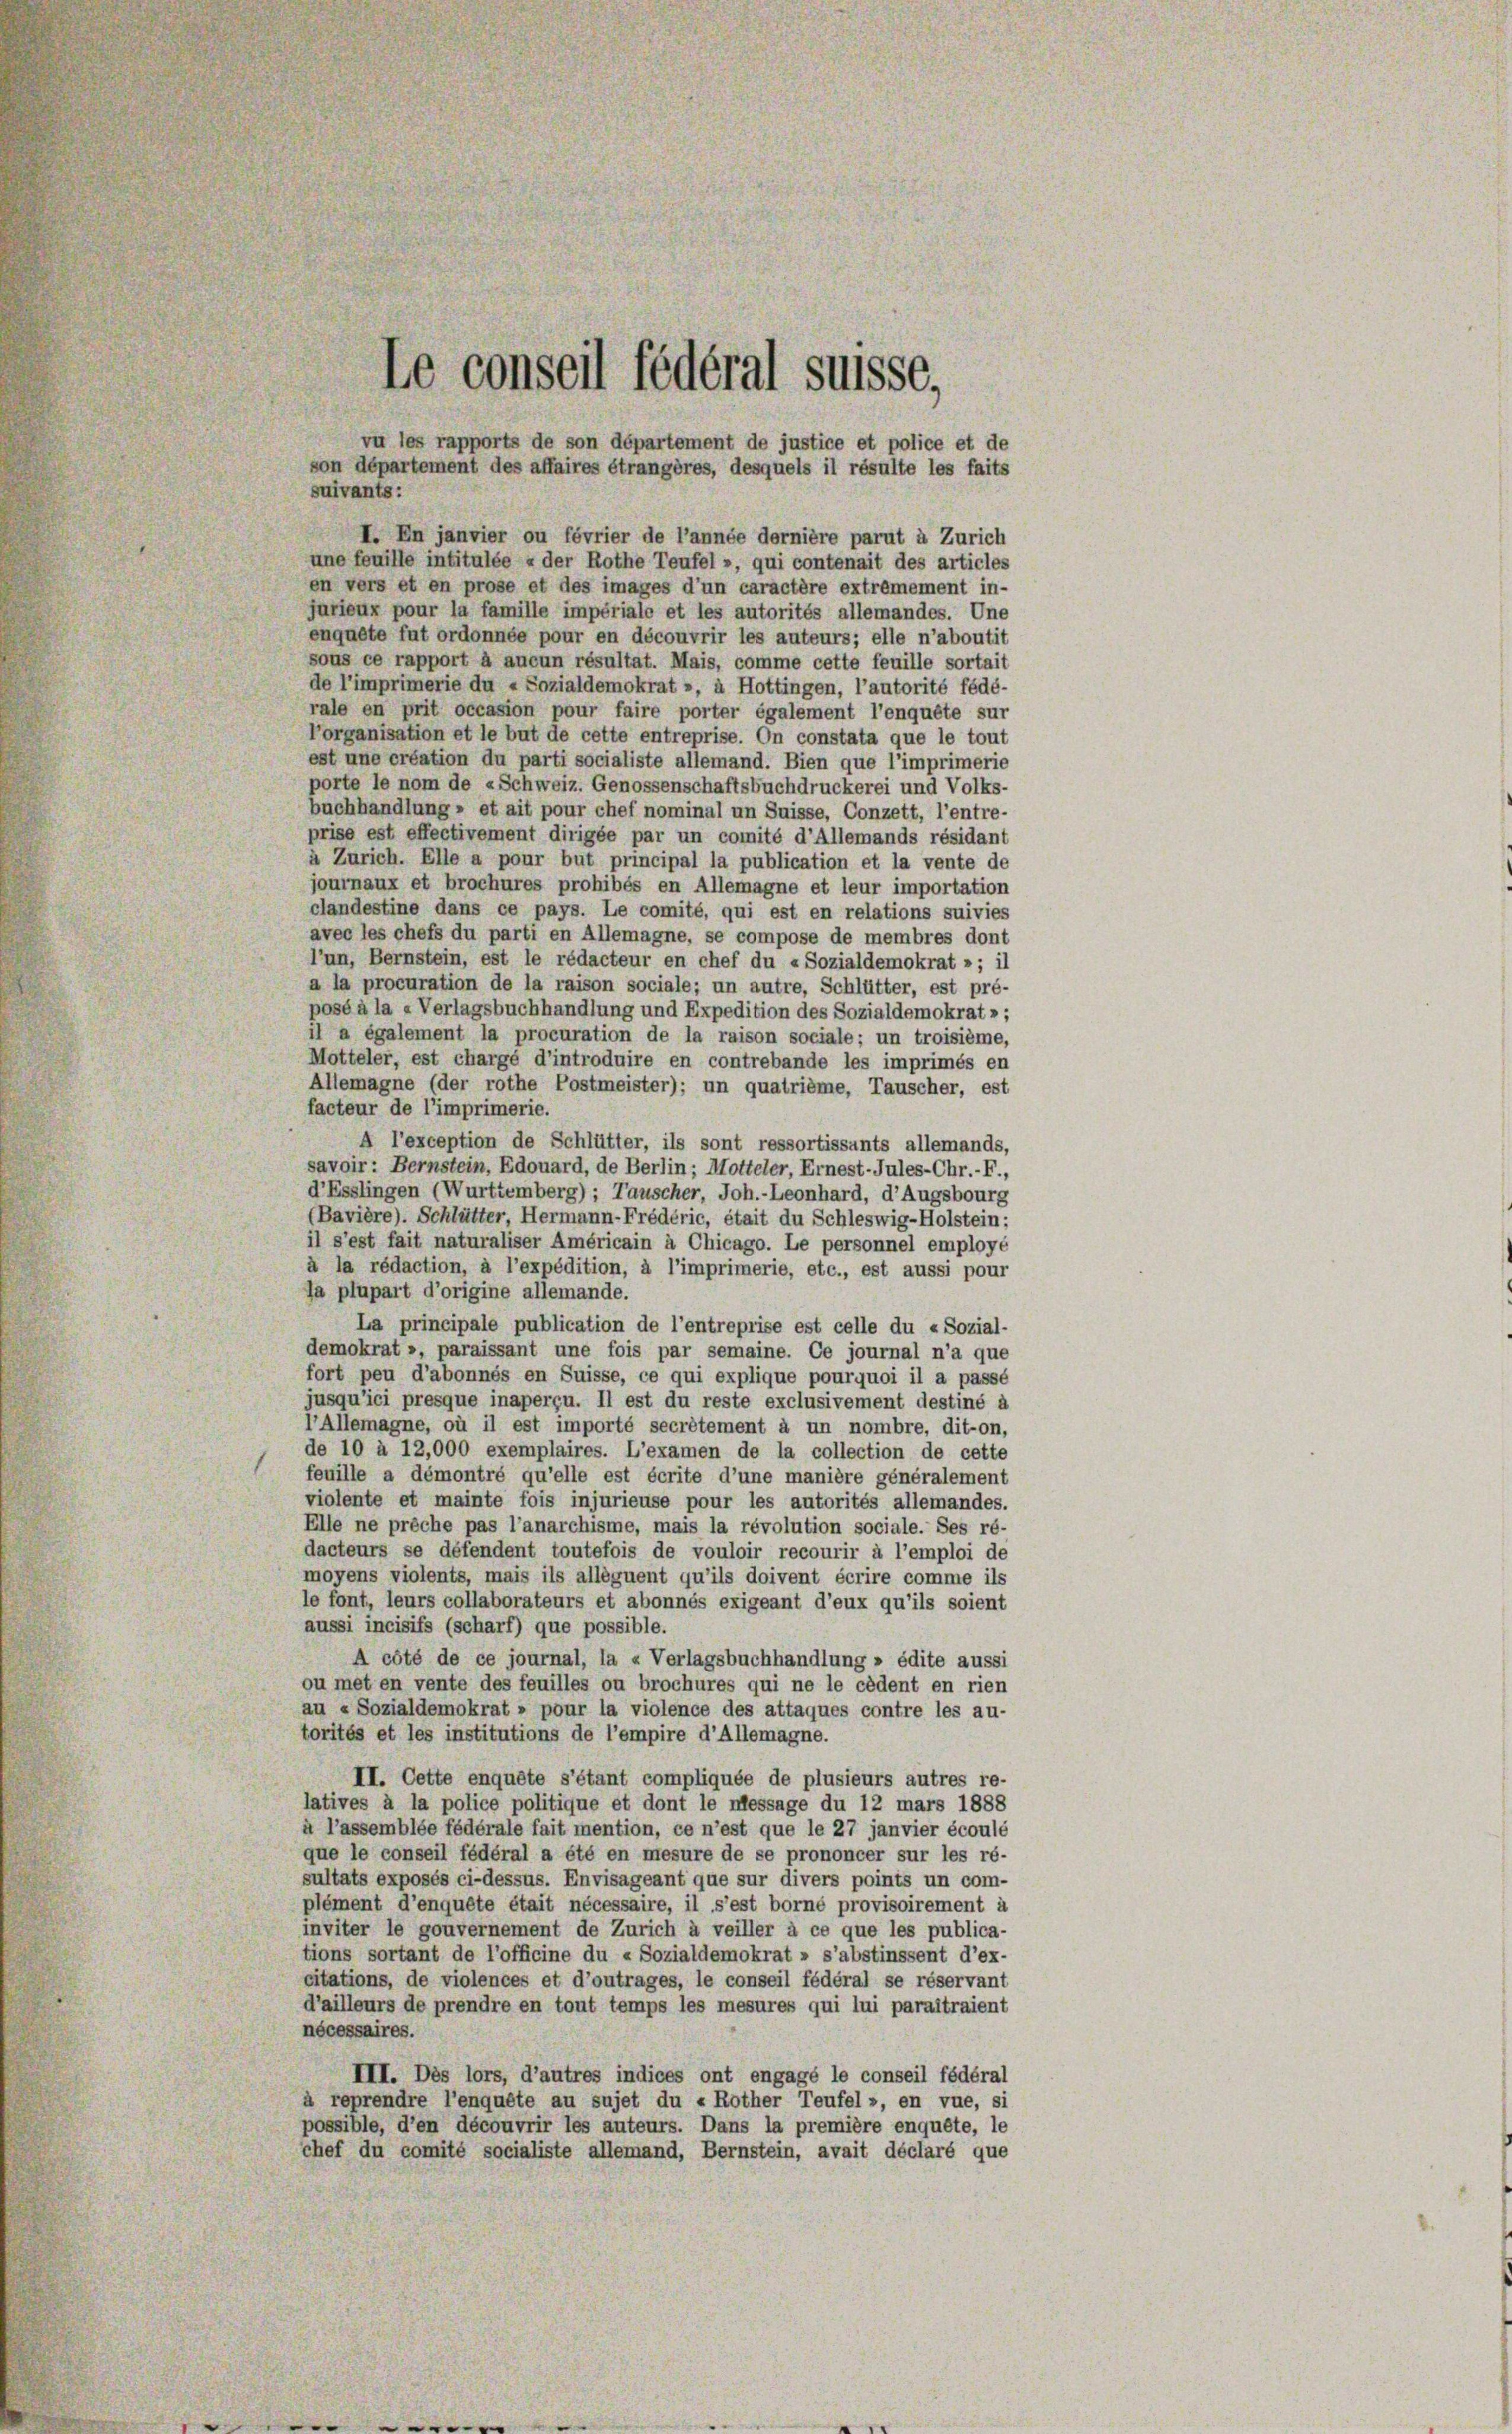
Le conseil fédéral suisse,
vu les rapports de son département de justice et police et de
son département des affaires étrangères, desquels il résulte les faits

I. En janvier ou février de l’année dernière parut à Zürich
une feuille intitulée « der Rothe Teufel », qui contenait des articles
en vers et en prose et des images d’un caractère extremement in-
jurieux pour la famille impériale et les autorités allemandes. Une
enquête fut ordonnée pour en découvrir les auteurs; elle n’aboutit
sous ce rapport à aucun résultat. Mais, comme cette feuille sortait
de l’imprimerie du «Sozialdemokrat », à Hottingen, l’autorité fédé-
rale en prit occasion pour faire porter également l’enquête sur
Porganisation et le but de cette entreprise. On constata que le tout
est une création du parti socialiste allemand. Bien que l’imprimerie
porte le nom de «Schweiz. Genossenschaftsbuchdruckerei und Volks-
buchhandlung » et ait pour chef nominal un Suisse, Conzett, l’entre-
prise est effectivement dirigée par un comité d’Allemands résidant
à Zürich. Elle a pour but principal la publication et la vente de
journaux et brochures prohibés en Allemagne et leur importation
clandestine dans ce pays. Le comité, qui est en relations suivies
avec les chefs du parti en Allemagne, se compose de membres dont
l’un, Bernstein, est le rédacteur en chef du «Sozialdemokrat »; il
a la procuration de la raison sociale; un autre, Schlütter, est pré-
posé à la «Verlagsbuchhandlung und Expedition des Sozialdemokrat»;
il a également la procuration de la raison sociale; un troisième,
Motteler, est chargé d’introduire en contrebande les imprimés en
Allemagne (der rothe Postmeister); un quatrième, Tauscher, est
facteur de l’imprimerie.
A l’exception de Schlütter, ils sont ressortissants allemands,
savoir : Bernstein, Edouard, de Berlin; Motteler, Ernest-Jules-Chr.-F.,
d’Esslingen (Wurttemberg) ; Tauscher, Joh.-Leonhard, d’Augsbourg
(Bavière). Schlütter, Hermann-Frédéric, était du Schleswig-Holstein:
il s’est fait naturaliser Américain à Chicago. Le personnel employé
à la rédaction, à l’expédition, à l’imprimerie, etc., est aussi pour
ja plupart d’origine allemande.
La principale publication de l’entreprise est celle du «Sozial-
demokrat », paraissant une fois par semaine. Ce journal n’a que
fort peu d’abonnés en Suisse, ce qui explique pourquoi il a passé
jusqu’ici presque inaperçu. Il est du reste exclusivement destiné à
l'Allemagne, où il est importé secrétement à un nombre, dit-on,
de 10 à 12,000 exemplaires. L’examen de la collection de cette
(feuille a démontré qu’elle est écrite d’une manière généralement
violente et mainte fois injurieuse pour les autorités allemandes.
Elle ne preche pas l’anarchisme, mais la révolution sociale. Ses ré-
dacteurs se défendent toutefois de vouloir recourir à l’emploi de
moyens violents, mais ils alléguent qu’ils doivent écrire comme ils
le font, leurs collaborateurs et abonnés exigeant d’eux qu’ils soient
aussi incisifs (scharf) que possible.
A côté de ce journal, la « Verlagsbuchhandlung » édite aussi
ou met en vente des feuilles ou brochures qui ne le cédent en rien
au « Sozialdemokrat » pour la violence des attaques contre les au-
torités et les institutions de l’empire d’Allemagne.
II. Cette enquête s’étant compliquée de plusieurs autres re-
latives à la police politique et dont le message du 12 mars 1888
à l’assemblée fédérale fait mention, ce n’est que le 27 janvier écoulé
que le conseil fédéral a été en mesure de se prononcer sur les ré-
sultats exposés ci-dessus. Envisageant que sur divers points un com-
plément d’enquête était nécessaire, il s’est borné provisoirement à
inviter le gouvernement de Zürich à veiller à ce que les publica-
tions sortant de l’officine du « Sozialdemokrat » s’abstinssent d’ex-
citations, de violences et d’outrages, le conseil fédéral se réservant
d’ailleurs de prendre en tout temps les mesures qui lui paraîtraient
nécessaires.
III. Dès lors, d’autres indices ont engagé le conseil fédéral
à reprendre l’enquête au sujet du « Rother Teufel », en vue, si
possible, d’en découvrir les auteurs. Dans la première enquête, le
chef du comité socialiste allemand, Bernstein, avait déclaré que

suivants: